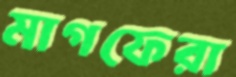
মাগফেরা